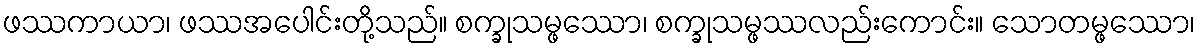
ဖဿကာယာ၊ ဖဿအပေါင်းတို့သည်။ စက္ခုသမ္ဖဿော၊ စက္ခုသမ္ဖဿလည်းကောင်း။ သောတမ္ဖဿော၊